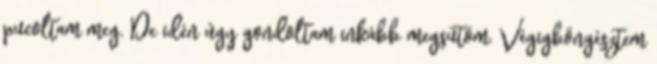
pucoltam meg. De idén úgy gondoltam inkább megsütöm. Végigböngésztem